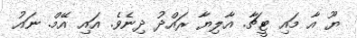
ޔޫ އާ މައި ޓީޗާ. އާލިޔާ ރައްދު ދިނެވެ. އައި އޭމް. ނައު